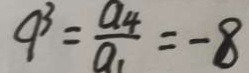
q ^ { 3 } = \frac { a _ { 4 } } { a _ { 1 } } = - 8